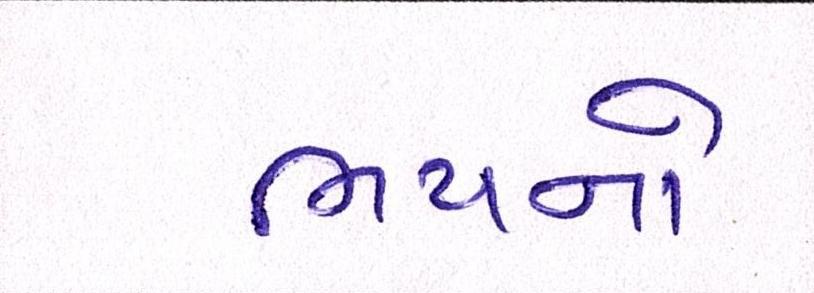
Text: ભયનો